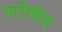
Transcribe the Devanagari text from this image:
बारीडीह